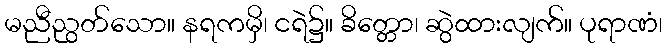
မညီညွတ်သော။ နရကမှိ၊ ငရဲ၌။ ခိတ္တော၊ ဆွဲထားလျက်။ ပုရာဏံ၊